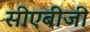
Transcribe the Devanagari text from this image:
सीएबीजी